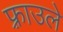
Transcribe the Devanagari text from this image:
फ़्राउले